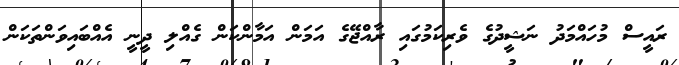
ރައީސް މުހައްމަދު ނަޝީދުގެ ވެރިކަމުގައި ރާއްޖޭގެ އަމަން އަމާންކަން ގެއްލި ދީނީ އެއްބައިވަންތަކަން